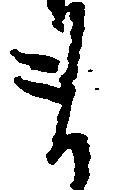
ま